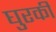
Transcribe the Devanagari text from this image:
घुरकी